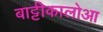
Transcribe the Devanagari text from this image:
बाट्टीकालोआ